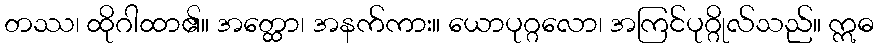
တဿ၊ ထိုဂါထာ၏။ အတ္ထော၊ အနက်ကား။ ယောပုဂ္ဂလော၊ အကြင်ပုဂ္ဂိုလ်သည်။ ဣဓ